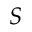
S